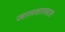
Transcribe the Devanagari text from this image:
जालशास्त्रात